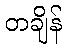
တချိန်